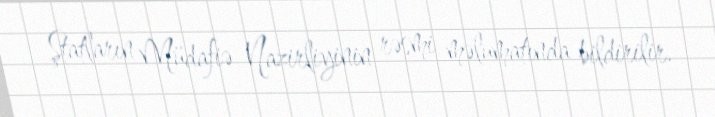
Ştatların Müdafiə Nazirliyinin rəsmi məlumatında bildirilir.